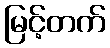
မြင့်တက်